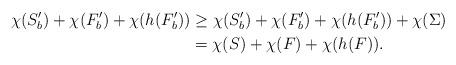
LaTeX: \begin{align*}\chi(S'_b)+\chi(F'_b)+\chi(h(F'_b))& \ge \chi(S'_b)+\chi(F'_b)+\chi(h(F'_b))+\chi(\Sigma)\\& = \chi(S) +\chi(F)+\chi(h(F)).\end{align*}